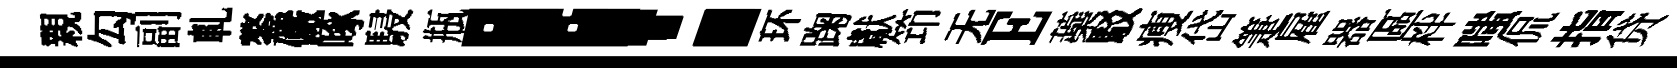
親勾副軋鏊儼啄駸瓶！环踘獻笻无E蘃駁瘦岱箑雇器區柈嗤侃指贷